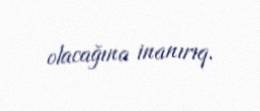
olacağına inanırıq.